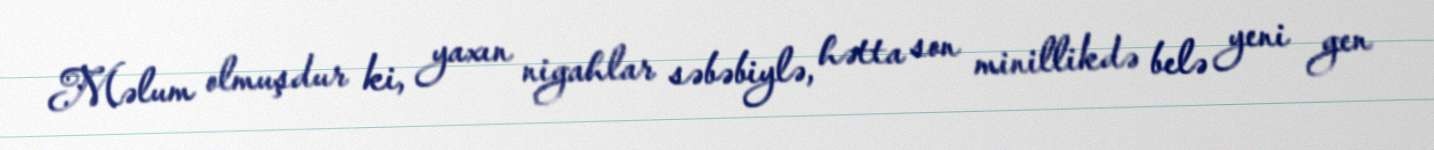
Məlum olmuşdur ki, yaxın nigahlar səbəbiylə, hətta son minillikdə belə yeni gen